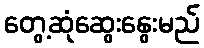
တွေ့ဆုံဆွေးနွေးမည်